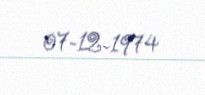
07-12-1974